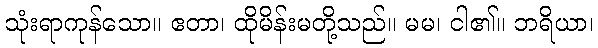
သုံးရာကုန်သော။ ဧတာ၊ ထိုမိန်းမတို့သည်။ မမ၊ ငါ၏။ ဘရိယာ၊